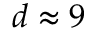
d \approx 9